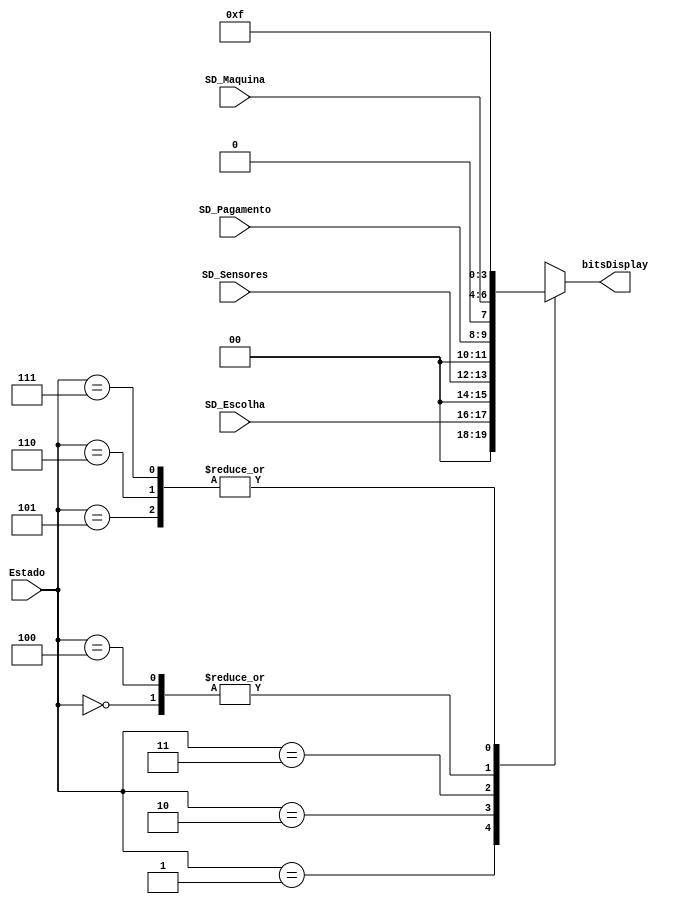
module MuxSaidas(SD_Pagamento, SD_Sensores, SD_Escolha, SD_Maquina, Estado, bitsDisplay);

	input [1:0] SD_Pagamento, SD_Sensores, SD_Escolha;
	input [2:0] SD_Maquina, Estado;
	output reg [3:0] bitsDisplay;
	
	always @(*) begin
		case(Estado)
			3'b000: bitsDisplay = SD_Maquina;
			3'b001: bitsDisplay = SD_Escolha;
			3'b010: bitsDisplay = SD_Sensores;
			3'b011: bitsDisplay = SD_Pagamento;
			3'b100: bitsDisplay = SD_Maquina;
			3'b101: bitsDisplay = 4'b1111;
			3'b110: bitsDisplay = 4'b1111;
			3'b111: bitsDisplay = 4'b1111;
		endcase
	end

endmodule